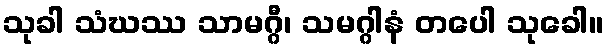
သုခါ သံဃဿ သာမဂ္ဂီ၊ သမဂ္ဂါနံ တပေါ သုခေါ။